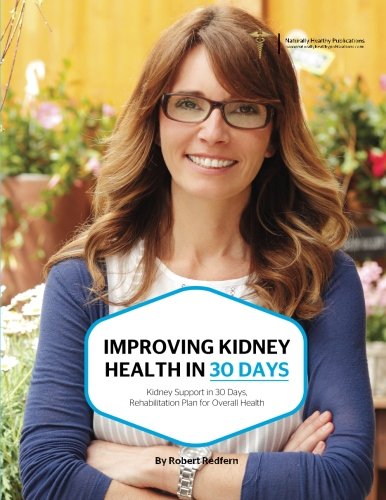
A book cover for Improving Kidney Health In 30 Days: Kidney Support in 30 Days, Rehabilitation Plan for Overall Health; Robert Redfern; Health, Fitness & Dieting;